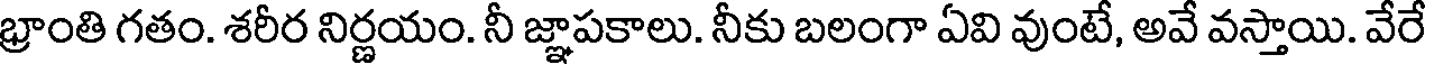
భ్రాంతి గతం. శరీర నిర్ణయం. నీ జ్ఞాపకాలు. నీకు బలంగా ఏవి వుంటే, అవే వస్తాయి. వేరే